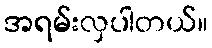
အရမ်းလှပါတယ်။